Vaccination North-Western Provinces and Oudh 1878-1895 - 1878-1895
Year: 1878
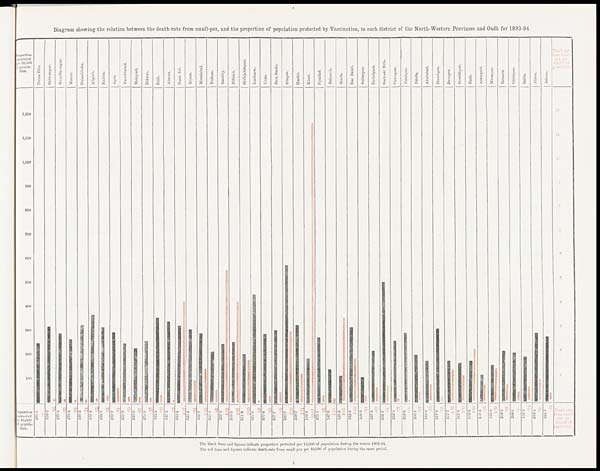
Diagram showing the relation between the death-rate from small-pox, and the proportion of population protected by Vaccination, in each district of the North-Western Provinces and Oudh for 1893-94.
The black lines and figures indicate proportion protected per 10,000 of population during the season 1893-94.
The red lines and figures indicate death-rate from small-pox per 10,000 of population during the same period.